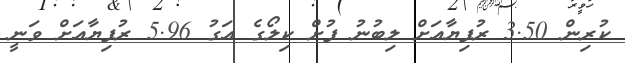
ކުރިން 3.50 ރުފިޔާއަށް ލިބުނު ފުށް ކިލޯގެ އަގު 5.96 ރުފިޔާއަށް ވަނީ